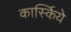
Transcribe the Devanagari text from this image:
कार्स्किये